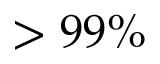
> 9 9 \%